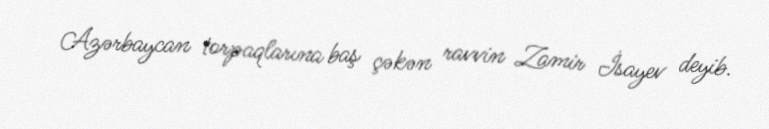
Azərbaycan torpaqlarına baş çəkən ravvin Zamir İsayev deyib.